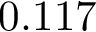
0 . 1 1 7